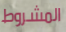
المشروط